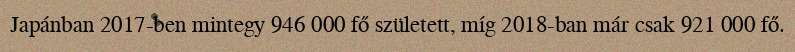
Japánban 2017-ben mintegy 946 000 fő született, míg 2018-ban már csak 921 000 fő.